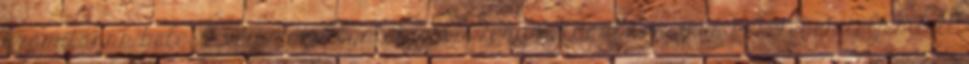
számítanak bele. A vendéghallgatói jogviszony például Erasmus keretében teljesített